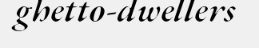
ghetto-dwellers